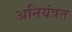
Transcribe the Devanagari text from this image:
अनियंत्रत